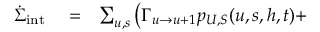
\begin{array} { r l r } { \dot { \Sigma } _ { \mathrm { i n t } } } & { { } = } & { \sum _ { u , s } \left( \Gamma _ { u \to u + 1 } p _ { U , S } ( u , s , h , t ) + \right. } \end{array}